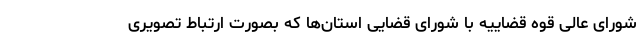
شورای عالی قوه قضاییه با شورای قضایی استان‌ها که بصورت ارتباط تصویری